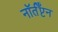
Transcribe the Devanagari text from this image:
नॉर्तँप्टन